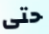
حتى